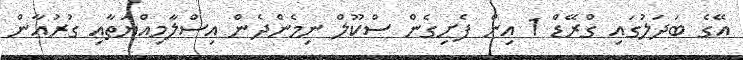
އޭގެ ބަދަލުގައި ގްރޭޑް 1 އިން ފެށިގެން ސްކޫލް ނިމެންދެން އިސްލާމިއްޔަތާއި ގުރުއާން